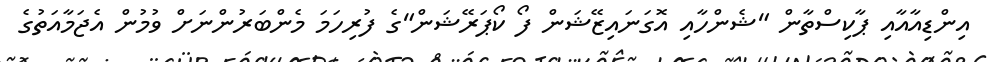
އިންޑިއާއާއި ޕާކިސްތާން "ޝެންހާއި އޮގަނައިޒޭޝަން ފޯ ކޯޕަރޭޝަން"ގެ ފުރިހަމަ މެންބަރުންނަށް ވުމުން އެޖަމާއަތުގެ